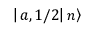
\left| \left. a , 1 / 2 \right| n \right\rangle